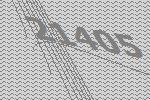
21405